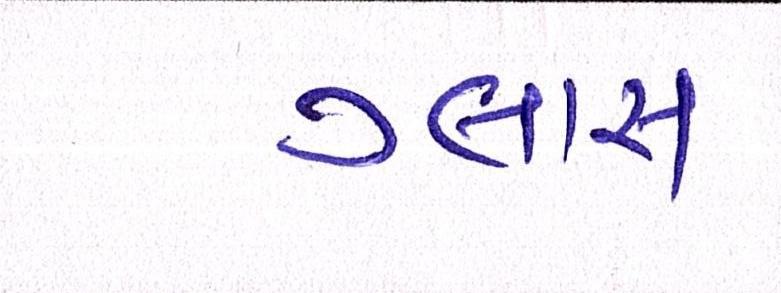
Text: ગ્લાસ